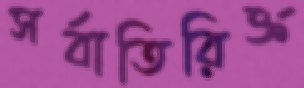
সর্বাতিরিক্ত